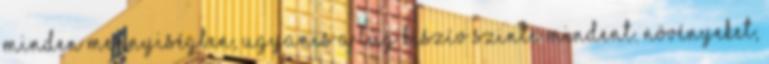
minden mennyiségben, ugyanis a lúg kiszív szinte mindent. Növényeket,